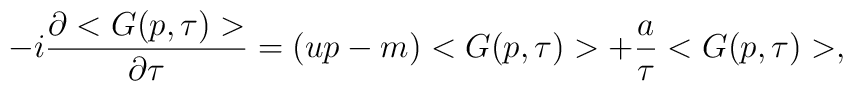
-i \frac{\partial <G(p,\tau)>}{\partial \tau} = (up -m ) <G(p,\tau)> + \frac{a}{\tau} <G(p,\tau)>,